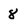
Character: 8